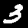
Digit: 3